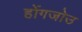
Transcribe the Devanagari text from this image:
होंगजोउ